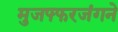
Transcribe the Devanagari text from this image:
मुजफ्फरजंगने